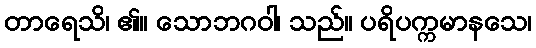
တာရေသိ၊ ၏။ သောဘဂဝါ၊ သည်။ ပရိပက္ကမာနသေ၊